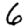
Digit: 6